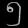
Digit: ၅